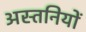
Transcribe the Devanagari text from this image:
अस्तनियों